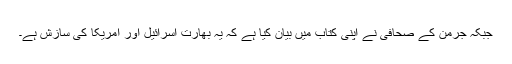
جبکہ جرمن کے صحافی نے اپنی کتاب میں بیان کیا ہے کہ یہ بھارت اسرائیل اور امریکا کی سازش ہے۔